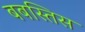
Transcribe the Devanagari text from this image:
बबस्तिस